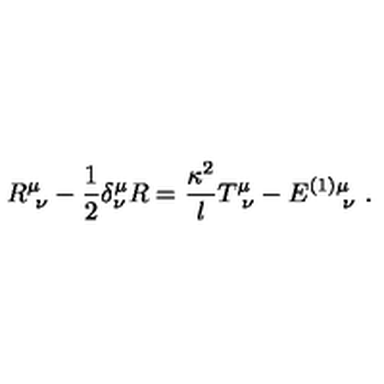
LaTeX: R _ { \ \nu } ^ { \mu } - { \frac { 1 } { 2 } } \delta _ { \nu } ^ { \mu } R = { \frac { \kappa ^ { 2 } } { l } } T _ { \ \nu } ^ { \mu } - E _ { \quad \ \nu } ^ { ( 1 ) \mu } \ .